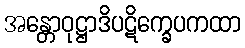
အန္တောဝုဋ္ဌာဒိပဋိက္ခေပကထာ